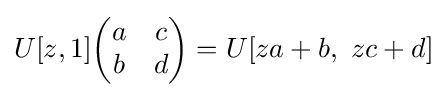
U[z,1]{\begin{pmatrix}a&c\\b&d\end{pmatrix}}=U[za+b,\ zc+d]